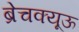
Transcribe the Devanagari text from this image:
ब्रेचक्यूऊ